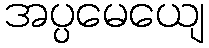
အပ္ပမေယျေ